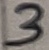
Text: 5